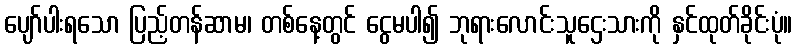
ပျော်ပါးရသော ပြည့်တန်ဆာမ၊ တစ်နေ့တွင် ငွေမပါ၍ ဘုရားလောင်းသူဌေးသားကို နှင်ထုတ်ခိုင်းပုံ။